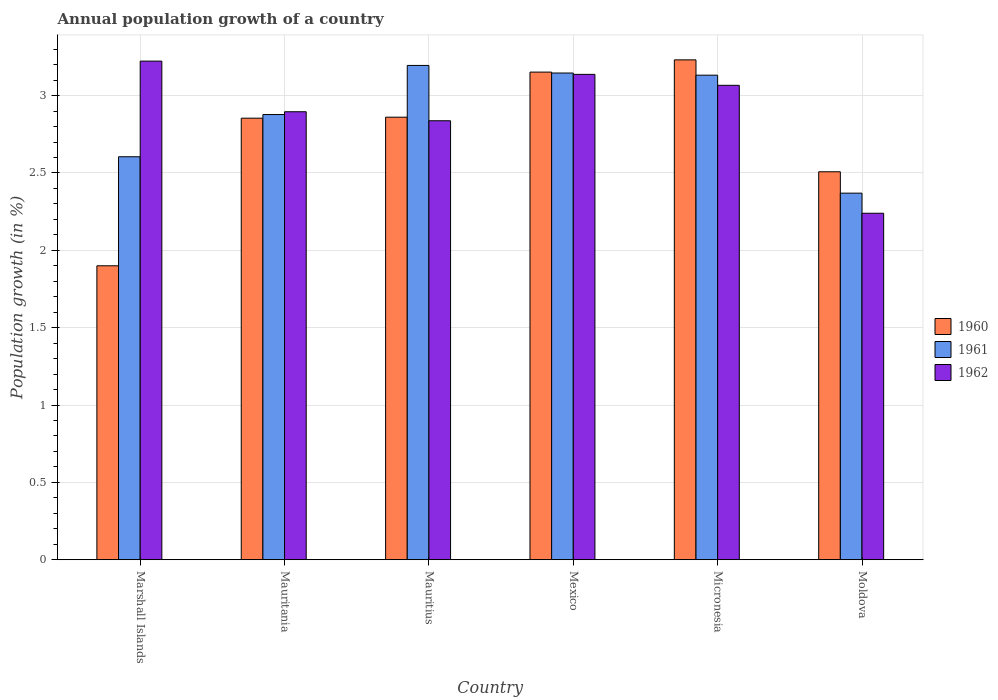
| Country | 1960 | 1961 | 1962 |
 | --- | --- | --- | --- |
 | Marshall Islands | 1.9 | 2.6 | 3.22 |
 | Mauritania | 2.85 | 2.88 | 2.9 |
 | Mauritius | 2.86 | 3.19 | 2.84 |
 | Mexico | 3.15 | 3.15 | 3.14 |
 | Micronesia | 3.23 | 3.13 | 3.07 |
 | Moldova | 2.51 | 2.37 | 2.24 |